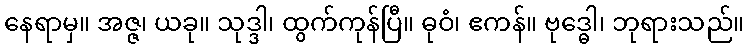
နေရာမှ။ အဇ္ဇ၊ ယခု။ သုဒ္ဒါ၊ ထွက်ကုန်ပြီ။ ဓုဝံ၊ ဧကန်။ ဗုဒ္ဓေါ၊ ဘုရားသည်။